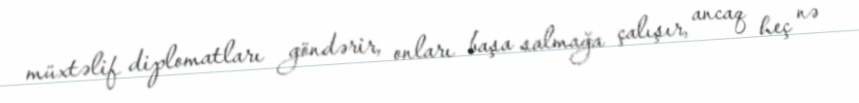
müxtəlif diplomatları göndərir, onları başa salmağa çalışır, ancaq heç nə